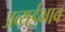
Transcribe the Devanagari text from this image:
अव्यईभाव